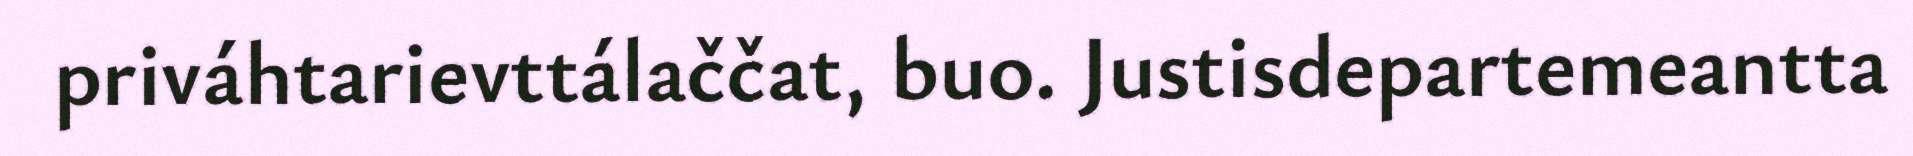
priváhtarievttálaččat, buo. Justisdepartemeantta